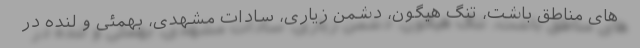
های مناطق باشت، تنگ هیگون، دشمن زیاری، سادات مشهدی، بهمئی و لنده در